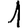
Digit: 1